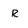
Character: R